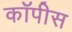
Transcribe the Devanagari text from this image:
कॉपीस